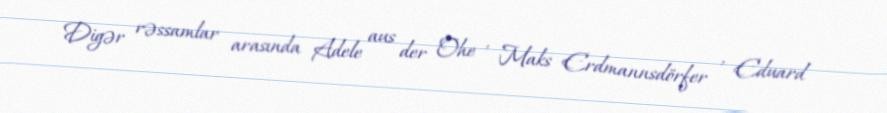
Digər rəssamlar arasında Adele aus der Ohe , Maks Erdmannsdörfer , Eduard